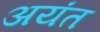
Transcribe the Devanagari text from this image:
अयंत